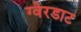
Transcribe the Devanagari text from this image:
ग्वेरडाट